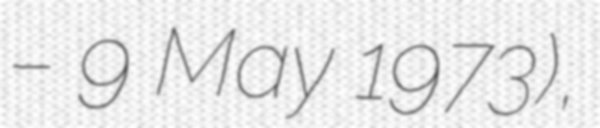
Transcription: – 9 May 1973),